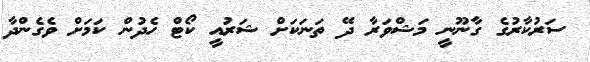
ސަރުކާރުގެ ގާނޫނީ މަޝްވަރާ ދޭ ތަނަކަށް ޝަރުއީ ކޯޓް ހެދުން ކަމަށް ވެގެންދާ